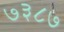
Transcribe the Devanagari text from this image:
७३८७